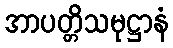
အာပတ္တိသမုဋ္ဌာနံ